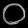
Digit: ၀